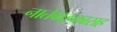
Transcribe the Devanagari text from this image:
नातेवाइकासह